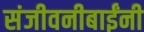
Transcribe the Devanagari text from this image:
संजीवनीबाईंनी